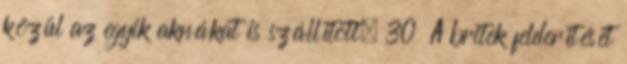
közül az egyik aknákat is szállított. 30 A britek felderítését